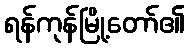
ရန်ကုန်မြို့တော်၏